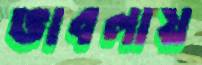
ভাবলায়